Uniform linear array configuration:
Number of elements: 8
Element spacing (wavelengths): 1
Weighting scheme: hamming
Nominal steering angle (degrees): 30
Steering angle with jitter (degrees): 28.946
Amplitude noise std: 0.05
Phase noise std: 0.05

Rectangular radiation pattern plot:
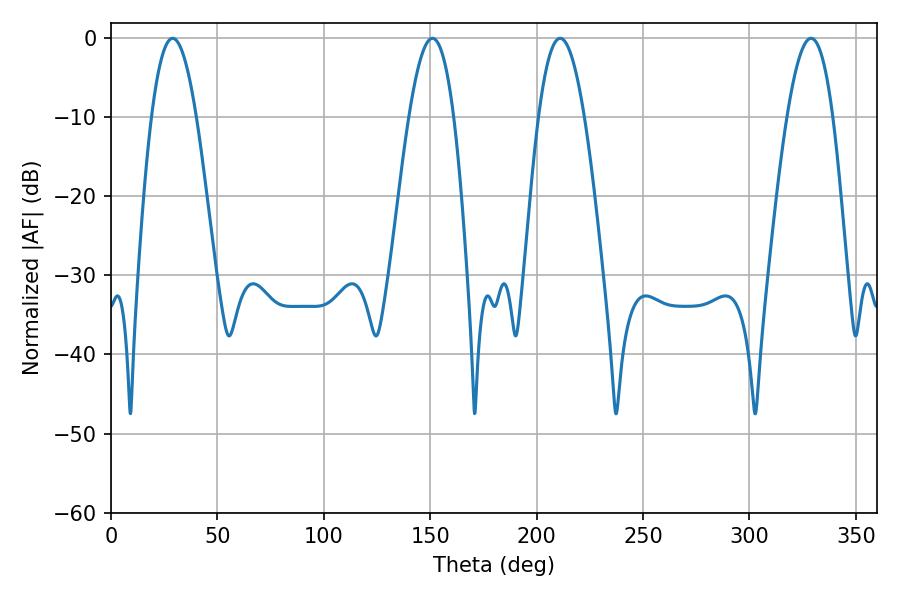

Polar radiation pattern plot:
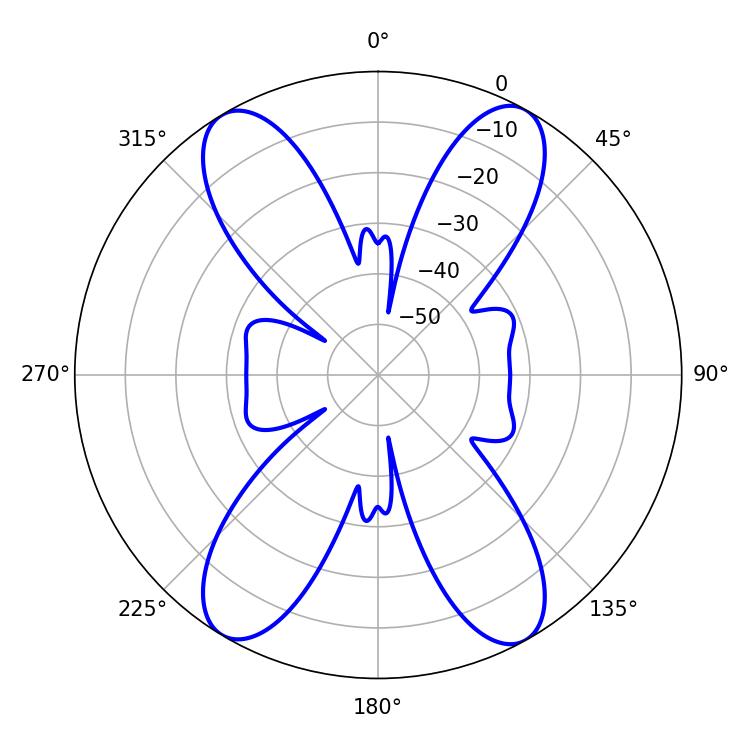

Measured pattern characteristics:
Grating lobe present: TRUE
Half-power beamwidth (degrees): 11.52
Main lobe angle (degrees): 28.98